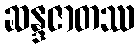
ဆန္ဒဇာတဿ